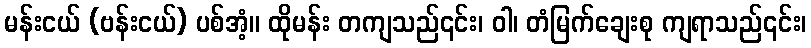
မန်းငယ် (ဗန်းငယ်) ပစ်အံ့။ ထိုမန်း တကျသည်၎င်း၊ ဝါ၊ တံမြက်ချေးစု ကျရာသည်၎င်း၊